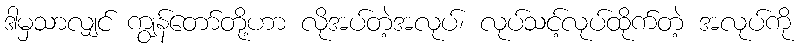
ဒါမှသာလျှင် ကျွန်တော်တို့ဟာ လိုအပ်တဲ့အလုပ်၊ လုပ်သင့်လုပ်ထိုက်တဲ့ အလုပ်ကို